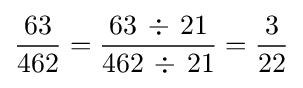
{\frac {63}{462}}={\frac {63\,\div \,21}{462\,\div \,21}}={\frac {3}{22}}